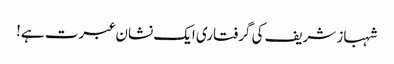
شہباز شریف کی گرفتاری ایک نشان عبرت ہے!